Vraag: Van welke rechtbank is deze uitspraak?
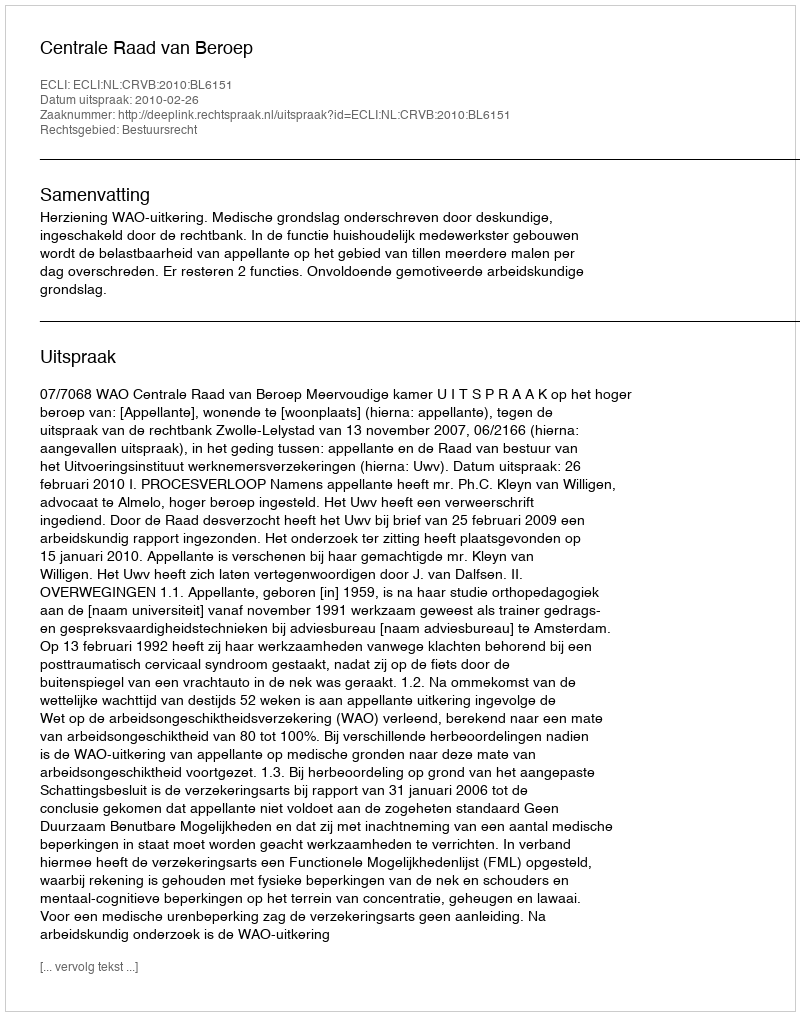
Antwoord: Centrale Raad van Beroep